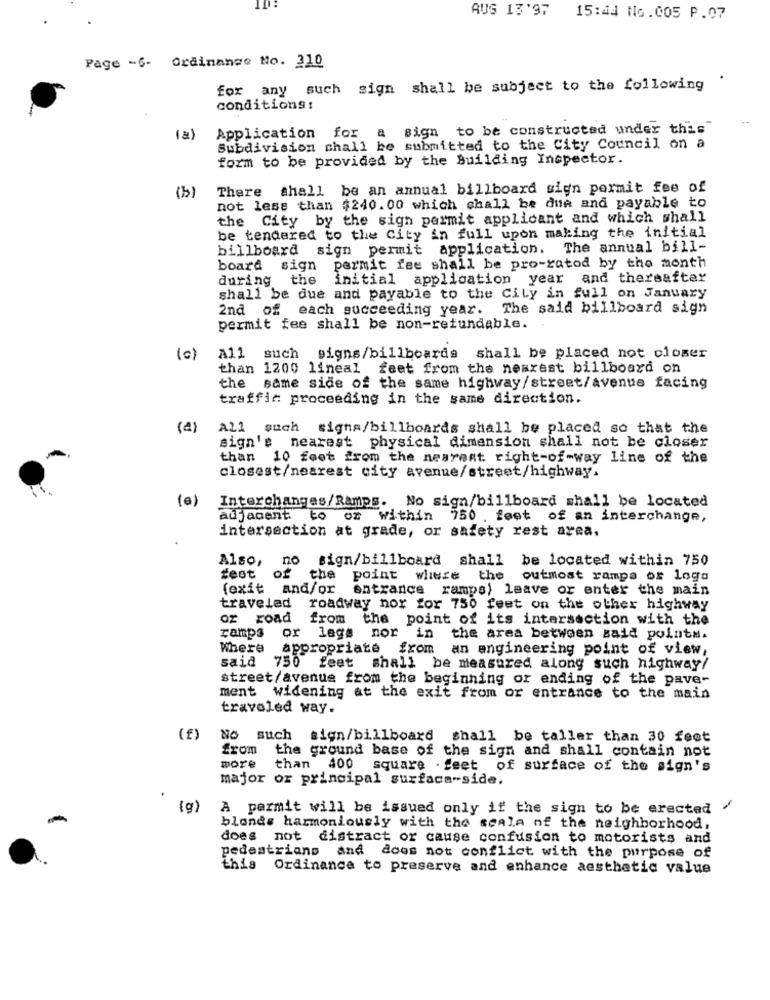
AUG 13'97
15:44 NG.005 P.07
Page -6- Ordinange No. 310
for any such sign shall be subject to the following
conditions:
Application for a sign to be constructed under this"
(a)
Subdivision chall be submitted to the City Council on a
form to be provided by the Building Inspector.
There shall be an annual billboard sign permit fee of
(b)
not less than $240.00 which chall be due and payable to
the City by the sign permit applicant and which shall
be tendered to the City in full upon making the initial
billboard sign permit application. The annual bill-
board sign
permit fee shall be pro-ratod by the month
during the
initial application year and thereafter
shall be due and payable to the Cily in full on January
2nd of each succeeding year. The said billboard sign
permit fee shall be non-refundable.
(c)
All such signs/billboards shall be placed not closer
than 1200 lineal feet from the nearest billboard on
the same side of the same highway/street/avenue facing
traffic proceeding in the same direction.
(2)
All such
signa/billboards shall be placed so that the
sign's nearest physical dimension shall not be closer
than 10 feet from the nesrent right-of-way line of the
closest/nearest city avenue/street/highway.
(6)
Interchanges/Ramps. No sign/billboard shall be located
adjacent to or within 750 feet of an interchange,
intersection at grade, or safety rest area.
Also, no sign/billboard shall be located within 750
test of
the
point where the outmost rampa or logs
(exit and/or entrance ramps) leave or enter the main
traveled roadway hor for 750 feet on the other highway
oz road from the point of its intersection with the
ramps or legs nor in
the area between said points.
Where appropriate from
an engineering point of view,
said 750
feet shall be measured along such highway/
street/avenue from the beginning or ending of the pave-
ment widening at the exit from or entrance to the main
traveled way.
(f)
No such sign/billboard shall be taller than 30 feet
from
the ground base of the sign and shall contain not
more
than 400 square . feet of surface of the sign's
major or principal surface-side.
{g)
A permit will be issued only if the sign to be erected /
blonds harmoniously with the scale of the neighborhood.
does not distract or cause confusion to motorists and
pedestrians and does not conflict with the purpose of
this Ordinance to preserve and enhance aesthetic value